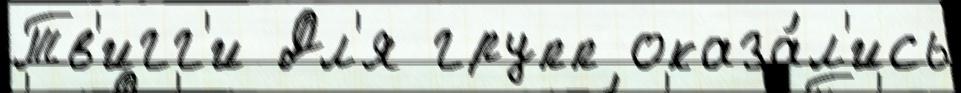
Тв'игг'и Дл'я групп оказа́л'ись